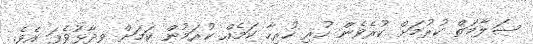
ސަލާމަތް ކުރުމަށް ކުރެވެން ހުރި ހުރިހާ ކަމެއް ކުރަމުން ކަމަށް ވިދާޅުވެފަ އެވެ.